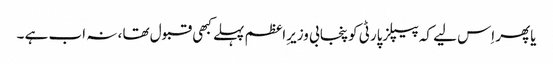
یاپھر اِس لیے کہ پیپلزپارٹی کوپنجابی وزیرِاعظم پہلے کبھی قبول تھا ، نہ اب ہے ۔